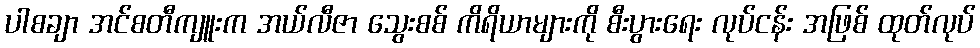
ပါစချာ အင်စတီကျူးက အယ်လီဇာ သွေးစစ် ကိရိယာများကို စီးပွားရေး လုပ်ငန်း အဖြစ် ထုတ်လုပ်